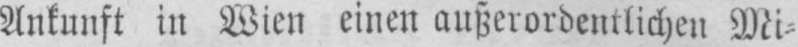
Ankunft in Wien einen außerordentlichen Mi⸗